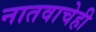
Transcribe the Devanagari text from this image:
नातवाचेही